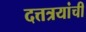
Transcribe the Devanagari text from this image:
दत्तत्रयांची